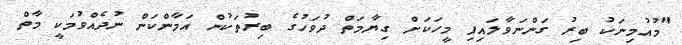
"މުއުމިނަކު ބިރު ގަންނަވާލައިފި މީހަކަށް ގިޔާމަތް ދުވަހުގެ ބިރުތަކުން އަމާންކަން ނުދެއްވުމަކީ މާތް